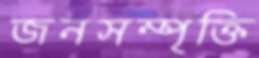
জনসম্পৃক্তি